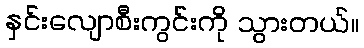
နှင်းလျောစီးကွင်းကို သွားတယ်။